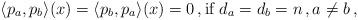
LaTeX: \begin{align*} \langle p_a,p_b\rangle(x) =\langle p_b,p_a\rangle(x) =0\,,\mbox{if}\ d_a=d_b=n\,,a\neq b\,, \end{align*}